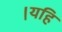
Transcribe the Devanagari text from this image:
।यहि